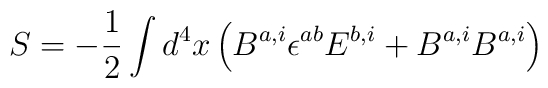
S=-{1\over 2}\int d^4x \left( B^{a,i}\epsilon^{ab}E^{b,i} + B^{a,i}B^{a,i}\right)